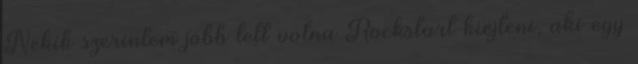
Nekik szerintem jobb lett volna Rockstart kiejteni, aki egy